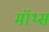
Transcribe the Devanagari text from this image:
मॉथ्स